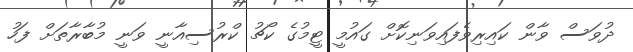
ދުވަސް ވާން ކައިރިވެފައިވަނިކޮށް ގައުމީ ޓީމުގެ ކޯޗު ކްރުސިއާނީ ވަނީ މުބާރާތަށް ފަހު